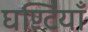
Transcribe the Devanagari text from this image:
घण्टियाँ